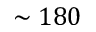
\sim 1 8 0